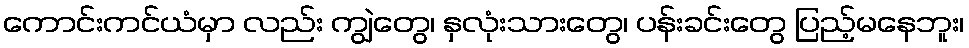
ကောင်းကင်ယံမှာ လည်း ကျွဲတွေ၊ နှလုံးသားတွေ၊ ပန်းခင်းတွေ ပြည့်မနေဘူး၊